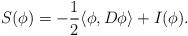
LaTeX: \begin{align*} S(\phi) = -\frac{1}{2}\langle \phi, D \phi \rangle + I(\phi).\end{align*}